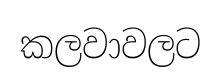
කලවාවලට